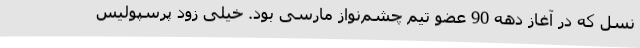
نسل که در آغاز دهه 90 عضو تیم چشم‌نواز مارسی بود. خیلی زود پرسپولیس